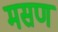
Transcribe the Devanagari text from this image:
मसण